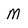
Character: M